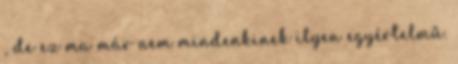
, de ez ma már nem mindenkinek ilyen egyértelmű.